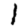
Digit: 1